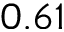
0 . 6 1